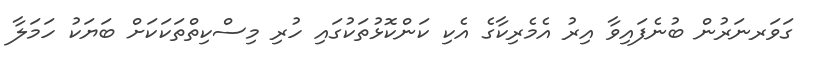
ގަވަރނަރުން ބުނެފައިވާ އިރު އެމެރިކާގެ އެކި ކަންކޮޅުތަކުގައި ހުރި މިސްކިތްތަކަކަށް ބަޔަކު ހަމަލާ